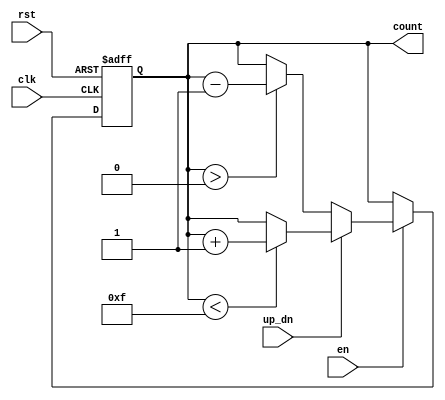
module up_down_counter (
    input wire clk,         // Clock input
    input wire en,          // Enable signal
    input wire up_dn,       // Up/Down control signal
    input wire rst,         // Asynchronous reset signal
    output reg [3:0] count  // 4-bit count output
);

// Always block triggered on the rising edge of the clock or the reset signal
always @(posedge clk or posedge rst) begin
    if (rst) begin
        count <= 4'b0000;  // Asynchronous reset to 0
    end else if (en) begin
        if (up_dn) begin
            // Increment the counter
            if (count < 4'b1111) begin
                count <= count + 1;  // Increment count if not at max
            end
        end else begin
            // Decrement the counter
            if (count > 4'b0000) begin
                count <= count - 1;  // Decrement count if not at min
            end
        end
    end
    // If 'en' is low, the count retains its value
end

endmodule